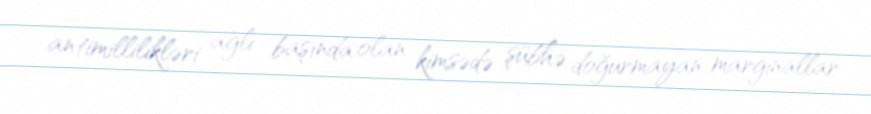
antimillilikləri ağlı başında olan kimsədə şübhə doğurmayan marginallar